Calcutta medical institutions reports 1871-78
Year: 1871
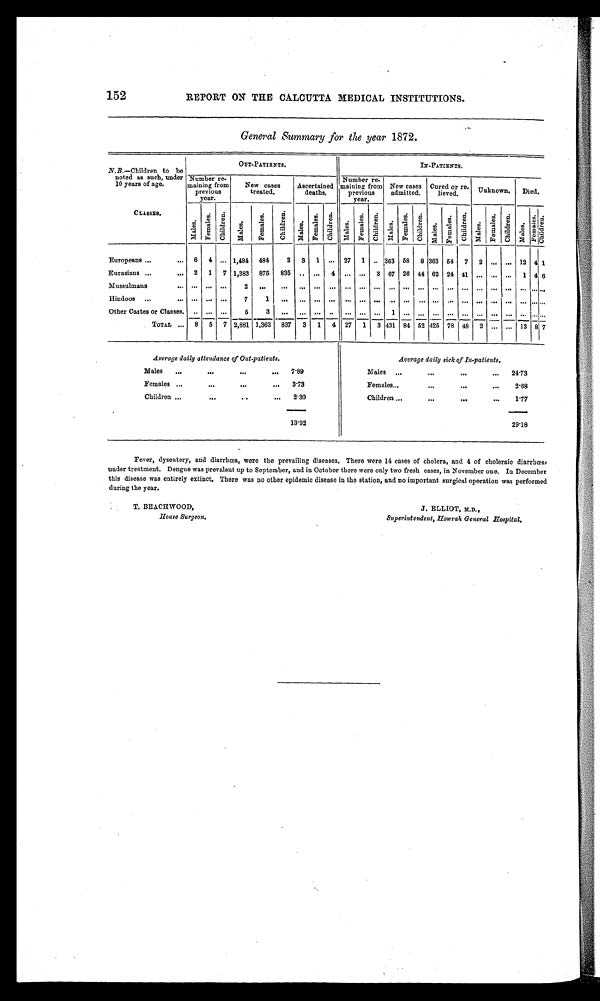
152
REPORT ON THE CALCUTTA MEDICAL INSTITUTIONS.
General Summary for the year 1872.
N.B.—Children to be
O UT-PATIENTS.
IN-PATIENTS.
noted as such, under Number re.
Number re.
10 years of age.
maining from
previous
New cases
treated.
Ascertained
deaths,
maining from
previous
New eases
admitted.
Cured or re.
lieved.
Unknown.
Died.
year.
year.
CLASSES.
M a l e s
F e m a l e s
C h i l d r e n
1,484 484
2
7
Europeans
6
4 ...
3 1 ... 27 1 .. 363 58 8 363 54
2 .„ ... 12 4 1
Eurasians
2 1 7 1,383 875 835 .. ... 4 ... ... 3 67 26 44 62 24 41 ... ... ... 1 4 6
Muesulmau
... ...
...
. . .
...
Hindoos
TOTAL
8
6 7 2,881 1,363 837 3 1 4 27 1 3 431 84 52 425 78 48 2 ... ... 13 8 7
Average daily attendance of Out-patients.
Average daily sick of In-patients.
Males
..,
".
...
...
7'89
Males ..
...
...
..,
2 4 . 7 3
Females ,.,
...
...
...
3'73
Females...
. . .
load,
...
2'68
Children ..,
...
..
..
2 . 30
...-...-.
Children “.
...
...
...
1'77
----.
13'92
29'18
Fever, dysentery, and diarrhoea, were the prevailing diseases. There were 14 cases of cholera, and 4 of choleraic diarrhoea,
under treatment. Dengue was prevalent up to September, and in October there were only two fresh cases, in November one. In December
this disease was entirely extinct, There was no other epidemic disease in the station, and no important surgical operation was performed
during the year.
T. BEACHWOOD,
J. ELLIOT, M.D.,
House Surgeon.
Superintendent, Howrah General Hospital,